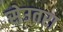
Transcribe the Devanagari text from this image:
सेउतरा